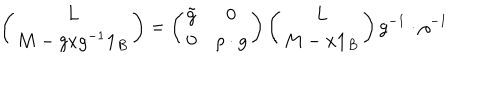
\left( \begin{array} { c } { { L } } \\ { { M - g x g ^ { - 1 } { \bf 1 } _ { B } } } \\ \end{array} \right) = \left( \begin{array} { c c } { { \tilde { g } } } & { { 0 } } \\ { { 0 } } & { { \rho \cdot g } } \\ \end{array} \right) \left( \begin{array} { c } { { L } } \\ { { M - x { \bf 1 } _ { B } } } \\ \end{array} \right) g ^ { - 1 } \cdot \rho ^ { - 1 }